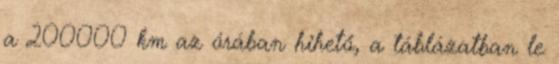
a 200000 km az órában hihető, a táblázatban le